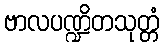
ဗာလပဏ္ဍိတသုတ္တံ